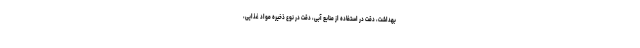
بهداشت، دقت در استفاده از منابع آبی، دقت در نوع ذخیره مواد غذایی،